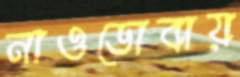
নাওডোবায়